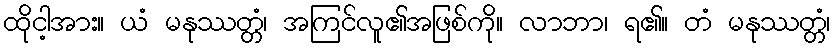
ထိုငါ့အား။ ယံ မနုဿတ္တံ၊ အကြင်လူ၏အဖြစ်ကို။ လာဘာ၊ ရ၏။ တံ မနုဿတ္တံ၊